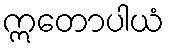
ဣတောပါယံ